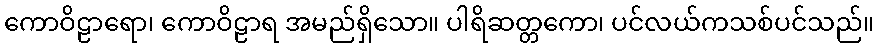
ကောဝိဠာရော၊ ကောဝိဠာရ အမည်ရှိသော။ ပါရိဆတ္တကော၊ ပင်လယ်ကသစ်ပင်သည်။